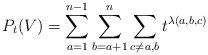
LaTeX: \begin{align*} P_t(V) = \sum_{a=1}^{n-1} \sum_{b=a+1}^n \sum_{c \neq a,b} t^{\lambda(a,b,c)}\end{align*}